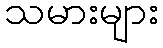
သမားများ